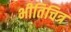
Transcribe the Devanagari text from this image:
भीतिचित्र